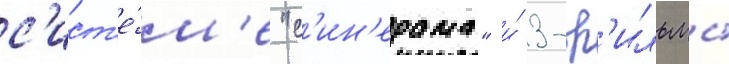
с'ист'е́м'е "с'ин'ерама" и́ 3-ф'ильмы